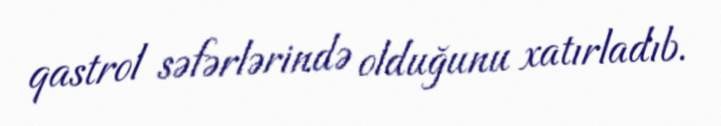
qastrol səfərlərində olduğunu xatırladıb.